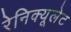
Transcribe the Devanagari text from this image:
रेनिक्यूलेट